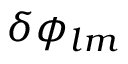
\delta \phi _ { l m }